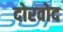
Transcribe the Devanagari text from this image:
दोरवोद